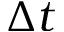
\Delta t